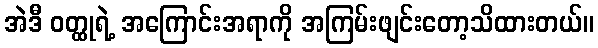
အဲဒီ ဝတ္ထုရဲ့ အကြောင်းအရာကို အကြမ်းဖျင်းတော့သိထားတယ်။